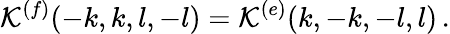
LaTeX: {\cal K}^{(f)}(-k,k,l,-l)={\cal K}^{(e)}(k,-k,-l,l)\, .